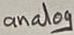
Text: analog